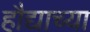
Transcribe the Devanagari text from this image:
हौद्याच्या